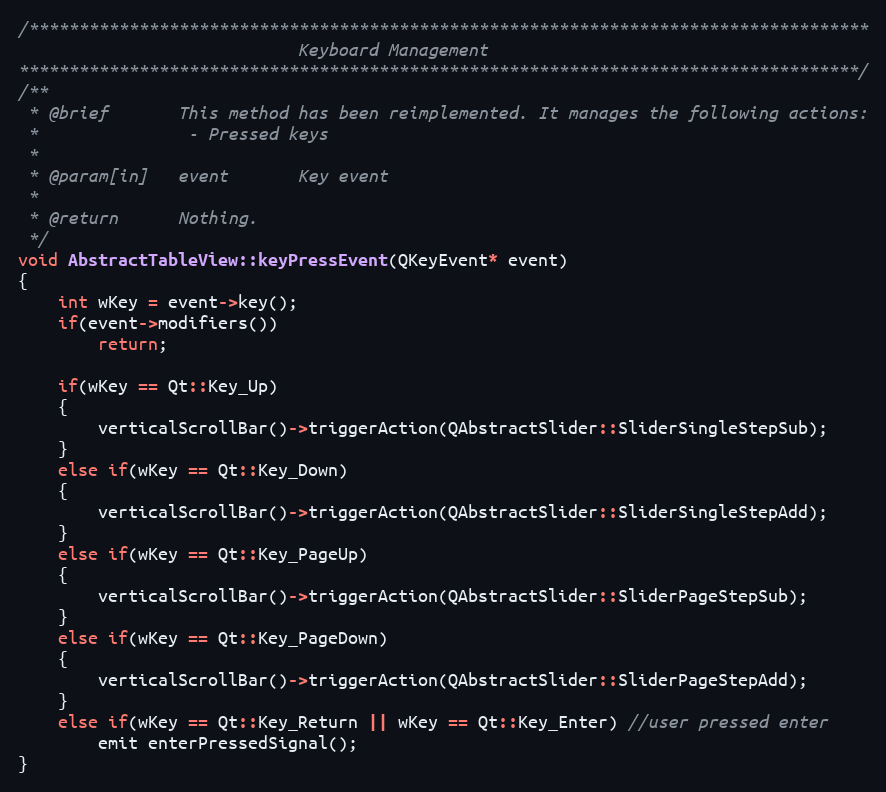
Language: C++
/************************************************************************************
                            Keyboard Management
************************************************************************************/
/**
 * @brief       This method has been reimplemented. It manages the following actions:
 *               - Pressed keys
 *
 * @param[in]   event       Key event
 *
 * @return      Nothing.
 */
void AbstractTableView::keyPressEvent(QKeyEvent* event)
{
    int wKey = event->key();
    if(event->modifiers())
        return;

    if(wKey == Qt::Key_Up)
    {
        verticalScrollBar()->triggerAction(QAbstractSlider::SliderSingleStepSub);
    }
    else if(wKey == Qt::Key_Down)
    {
        verticalScrollBar()->triggerAction(QAbstractSlider::SliderSingleStepAdd);
    }
    else if(wKey == Qt::Key_PageUp)
    {
        verticalScrollBar()->triggerAction(QAbstractSlider::SliderPageStepSub);
    }
    else if(wKey == Qt::Key_PageDown)
    {
        verticalScrollBar()->triggerAction(QAbstractSlider::SliderPageStepAdd);
    }
    else if(wKey == Qt::Key_Return || wKey == Qt::Key_Enter) //user pressed enter
        emit enterPressedSignal();
}